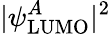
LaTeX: |\psi_{\mathrm{LUMO}}^{A}|^{2}